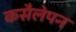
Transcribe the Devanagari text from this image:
कसैलेपन